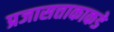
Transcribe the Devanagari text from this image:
प्रजासत्ताकाकडे